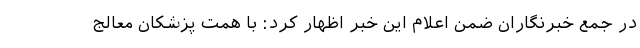
در جمع خبرنگاران ضمن اعلام این خبر اظهار کرد: با همت پزشکان معالج